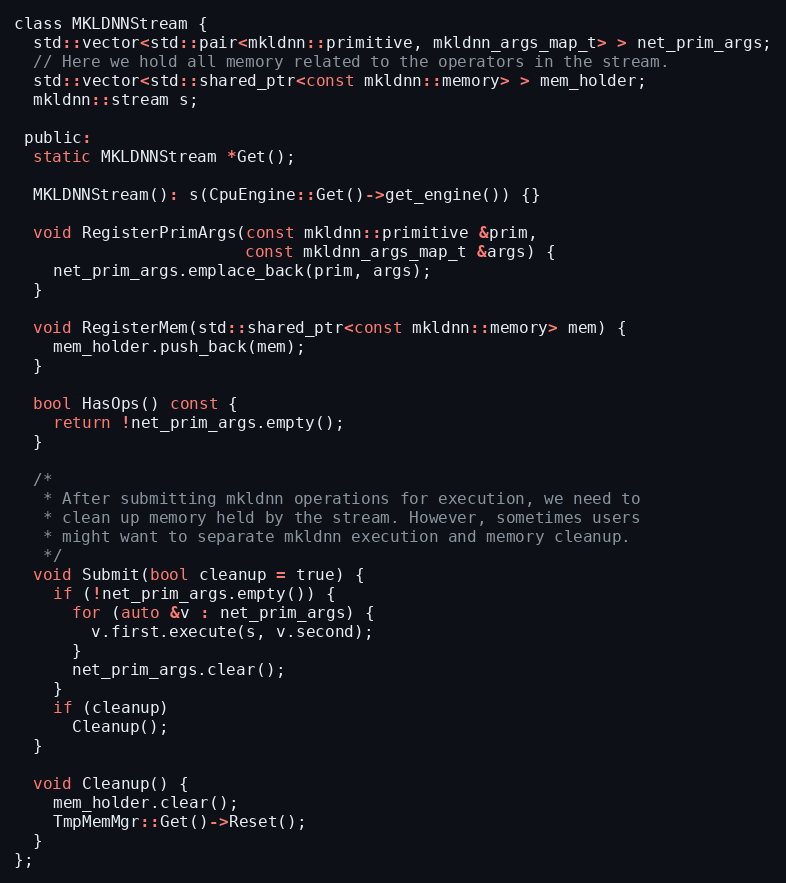
Language: C
class MKLDNNStream {
  std::vector<std::pair<mkldnn::primitive, mkldnn_args_map_t> > net_prim_args;
  // Here we hold all memory related to the operators in the stream.
  std::vector<std::shared_ptr<const mkldnn::memory> > mem_holder;
  mkldnn::stream s;

 public:
  static MKLDNNStream *Get();

  MKLDNNStream(): s(CpuEngine::Get()->get_engine()) {}

  void RegisterPrimArgs(const mkldnn::primitive &prim,
                        const mkldnn_args_map_t &args) {
    net_prim_args.emplace_back(prim, args);
  }

  void RegisterMem(std::shared_ptr<const mkldnn::memory> mem) {
    mem_holder.push_back(mem);
  }

  bool HasOps() const {
    return !net_prim_args.empty();
  }

  /*
   * After submitting mkldnn operations for execution, we need to
   * clean up memory held by the stream. However, sometimes users
   * might want to separate mkldnn execution and memory cleanup.
   */
  void Submit(bool cleanup = true) {
    if (!net_prim_args.empty()) {
      for (auto &v : net_prim_args) {
        v.first.execute(s, v.second);
      }
      net_prim_args.clear();
    }
    if (cleanup)
      Cleanup();
  }

  void Cleanup() {
    mem_holder.clear();
    TmpMemMgr::Get()->Reset();
  }
};